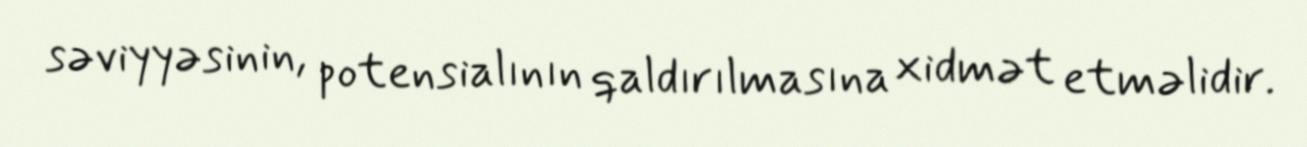
səviyyəsinin, potensialının qaldırılmasına xidmət etməlidir.